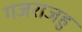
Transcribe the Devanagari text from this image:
गजराजहु